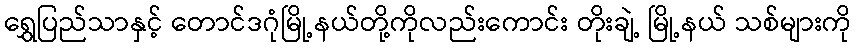
ရွှေပြည်သာနှင့် တောင်ဒဂုံမြို့နယ်တို့ကိုလည်းကောင်း တိုးချဲ့ မြို့နယ် သစ်များကို